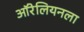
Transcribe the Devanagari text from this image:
ऑरेलियनला